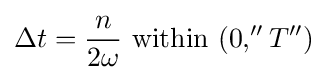
\Delta t={\frac {n}{2\omega }}{\text{ within }}(0,''T'')